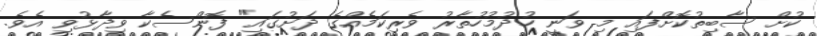
ކުށް ސާބިތުކޮށްފައި މި ވަނީ ހުދުމުހުތާރު ވެރިކަމެއްގެ ދަށުގައި" ފޮންސެކާ ވިދާޅުވި އެވެ.